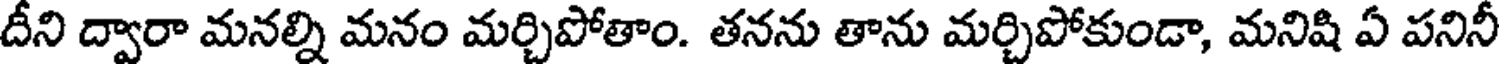
దీని ద్వారా మనల్ని మనం మర్చిపోతాం. తనను తాను మర్చిపోకుండా, మనిషి ఏ పనినీ